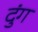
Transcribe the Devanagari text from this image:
दुंग